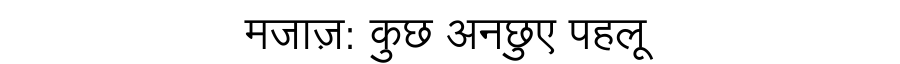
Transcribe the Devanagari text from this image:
मजाज़: कुछ अनछुए पहलू